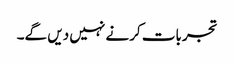
تجربات کرنے نہیں دیں گے۔